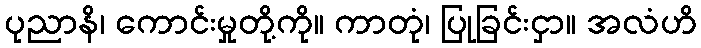
ပုညာနိ၊ ကောင်းမှုတို့ကို။ ကာတုံ၊ ပြုခြင်းငှာ။ အလံဟိ